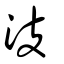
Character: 汥